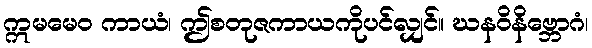
ဣမမေဝ ကာယံ၊ ဤစတုဇကာယကိုပင်လျှင်။ ဃနဝိနိဗ္ဘောဂံ၊